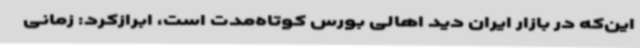
این‌که در بازار ایران دید اهالی بورس کوتاه‌مدت است، ابرازکرد: زمانی